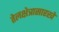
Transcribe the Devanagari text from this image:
तेलक्षेत्रासारखे